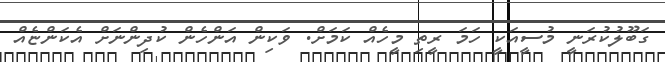
ގަބޫލުކުރަނީ މުސީއަކީ ހަމަ ރީތި މީހެއް ކަމަށް. ވަކިން އަންހެން ކުދިންނަށް އެކަންޏެއް